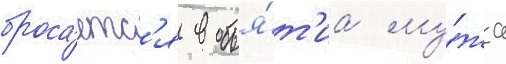
броса́етс'я в объя́т'иа му́жа